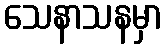
သေနာသနမှာ